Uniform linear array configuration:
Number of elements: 32
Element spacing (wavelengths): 1
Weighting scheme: kaiser
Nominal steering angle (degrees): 30
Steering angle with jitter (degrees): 30.853
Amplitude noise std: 0.05
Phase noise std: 0.05

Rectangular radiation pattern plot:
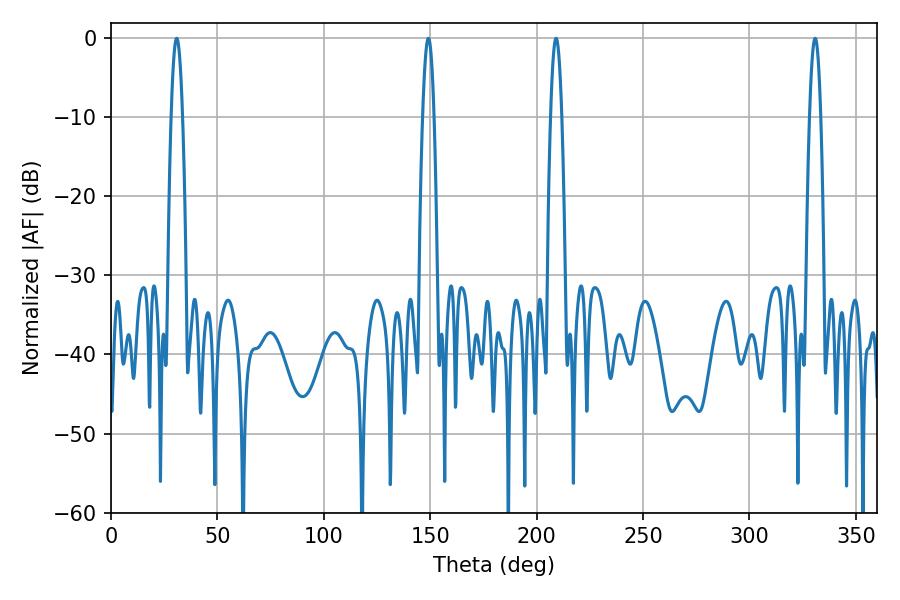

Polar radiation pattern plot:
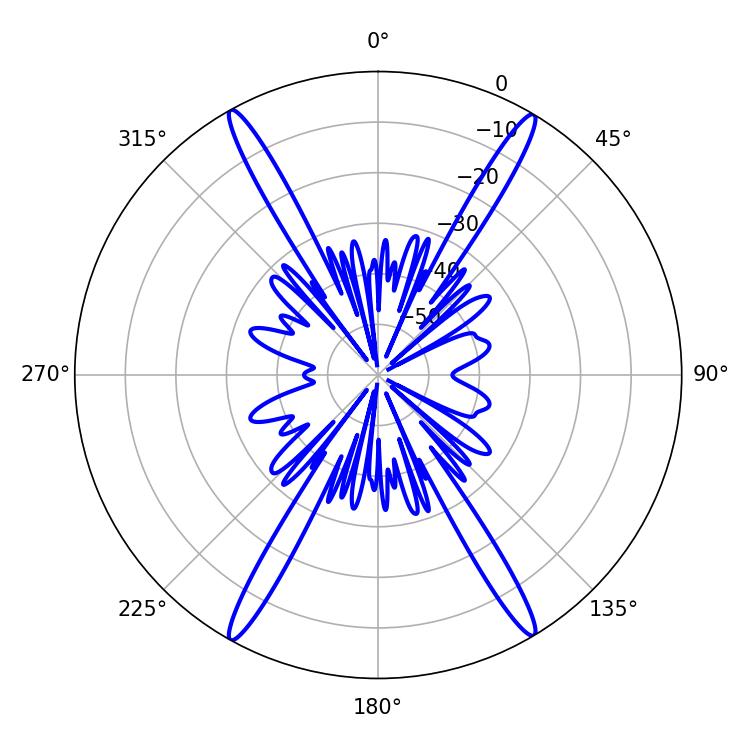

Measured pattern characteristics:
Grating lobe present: TRUE
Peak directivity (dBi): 27.171
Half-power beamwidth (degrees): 2.88
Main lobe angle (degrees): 330.84